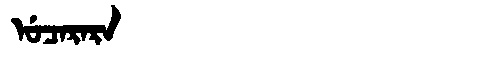
Manchu: ᡠᠴᠠᡵᠠᡵᠠ
Romanization: UCARARA